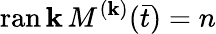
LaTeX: \operatorname{ran\mathbf{k}}M^{(\mathbf{k})}({\bar{{t}}})=n